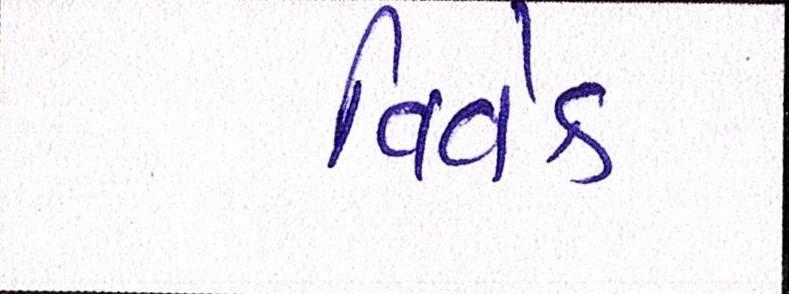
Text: વિવેક